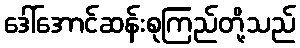
ဒေါ်အောင်ဆန်းစုကြည်တို့သည်